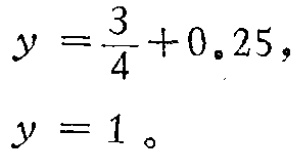
\[

\begin{align*}

y&=\frac{3}{4}+0.25,\\

y&=1。

\end{align*}

\]